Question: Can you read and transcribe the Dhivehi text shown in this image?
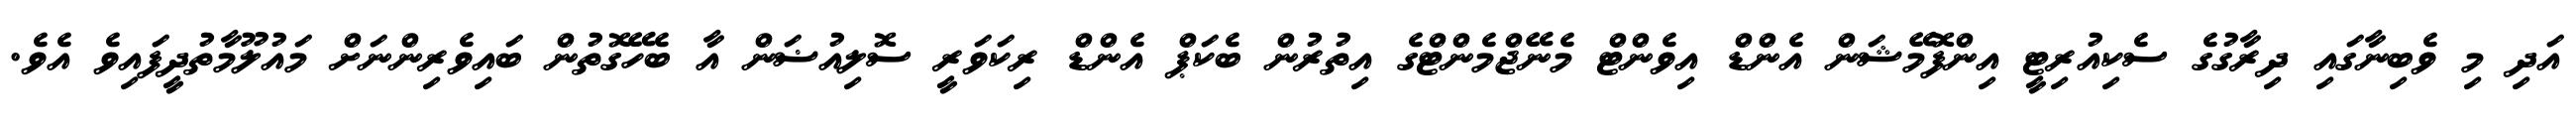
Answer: އަދި މި ވެބިނާގައި ދިރާގުގެ ސެކިއުރިޓީ އިންފޮމޭޝަން އެންޑް އިވެންޓް މެނޭޖްމެންޓްގެ އިތުރުން ބެކަޕް އެންޑް ރިކަވަރީ ސޮލިއުޟަން އާ ބެހޭގޮތުން ބައިވެރިންނަށް މައުލޫމާތުދީފައިވެ އެވެ.